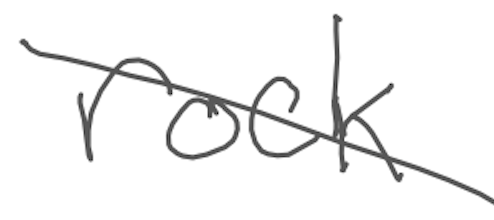
Text: rock
Cross-out: mix
Writing tool: digital_gray